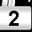
Digit: 2